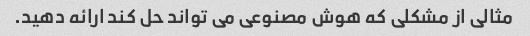
مثالی از مشکلی که هوش مصنوعی می تواند حل کند ارائه دهید.